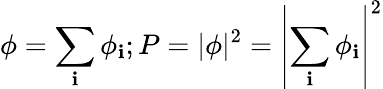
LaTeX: \phi=\sum_{\mathbf{i}}\phi_{\mathbf{i}};P=|\phi|^{2}=\left|\sum_{\mathbf{i}}\phi_{\mathbf{i}}\right|^{2}